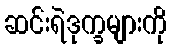
ဆင်းရဲဒုက္ခများကို